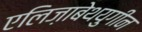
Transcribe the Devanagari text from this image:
एलिज़ाबेथयुगीन